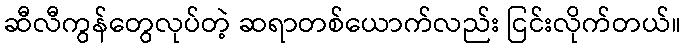
ဆီလီကွန်တွေလုပ်တဲ့ ဆရာတစ်ယောက်လည်း ငြင်းလိုက်တယ်။